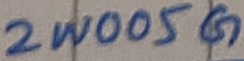
Text: 2W005G